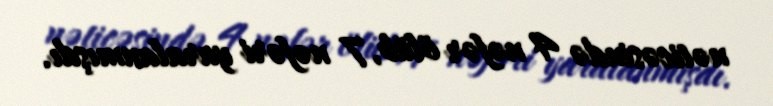
nəticəsində 4 nəfər ölüb, 7 nəfəri yaralanmışdı.